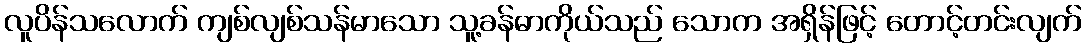
လူပိန်သလောက် ကျစ်လျစ်သန်မာသော သူ့ခန်ဓာကိုယ်သည် သောက အရှိန်ဖြင့် တောင့်တင်းလျက်